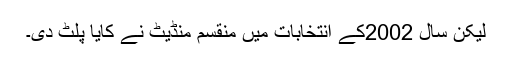
لیکن سال 2002کے انتخابات میں منقسم منڈیٹ نے کایا پلٹ دی۔